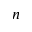
n